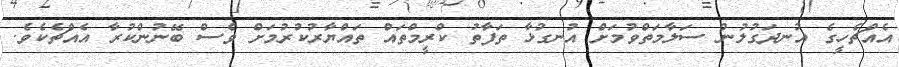
އެއްޗެހީގެ އުނދަގުލުން ސަލާމަތްވުމަށް އުނގުޅާ ތަފާތު ކްރީމްތައް ތައްޔާރުކުރުމަށް ވެސް ބޭނުންކުރާ އެއްޗެކެވެ.